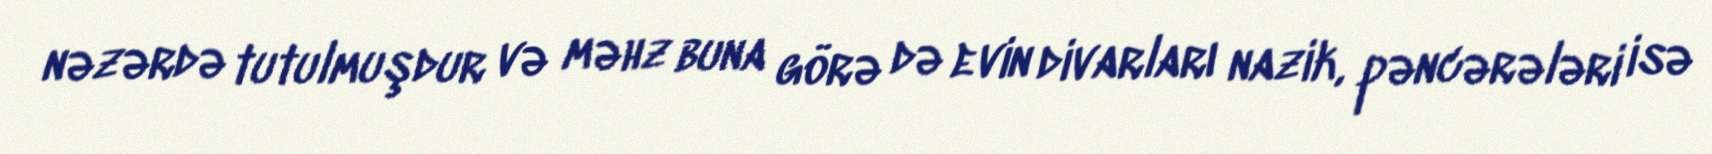
nəzərdə tutulmuşdur və məhz buna görə də evin divarları nazik, pəncərələri isə